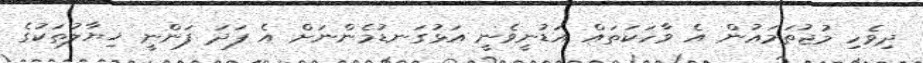
ދިވެހި މުޖުތަމަޢުން އެ ވާހަކަތައް އަޑުނީވެނީ އަޅުގަނޑުމެންނަށް އެ ފަދަ ފަންނީ ޚިޔާލުތަކުގެ